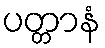
ပတ္တာနံ